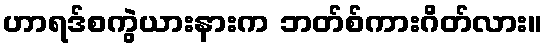
ဟာရဒ်စကွဲယားနားက ဘတ်စ်ကားဂိတ်လား။